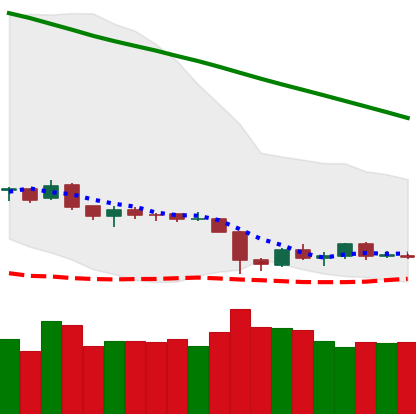
Ticker: ETH-USD
Chart end date: 2019-02-05
Forward return: 16.16%
Label: up_7plus